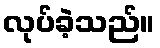
လုပ်ခဲ့သည်။